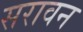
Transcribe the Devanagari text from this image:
सरावन